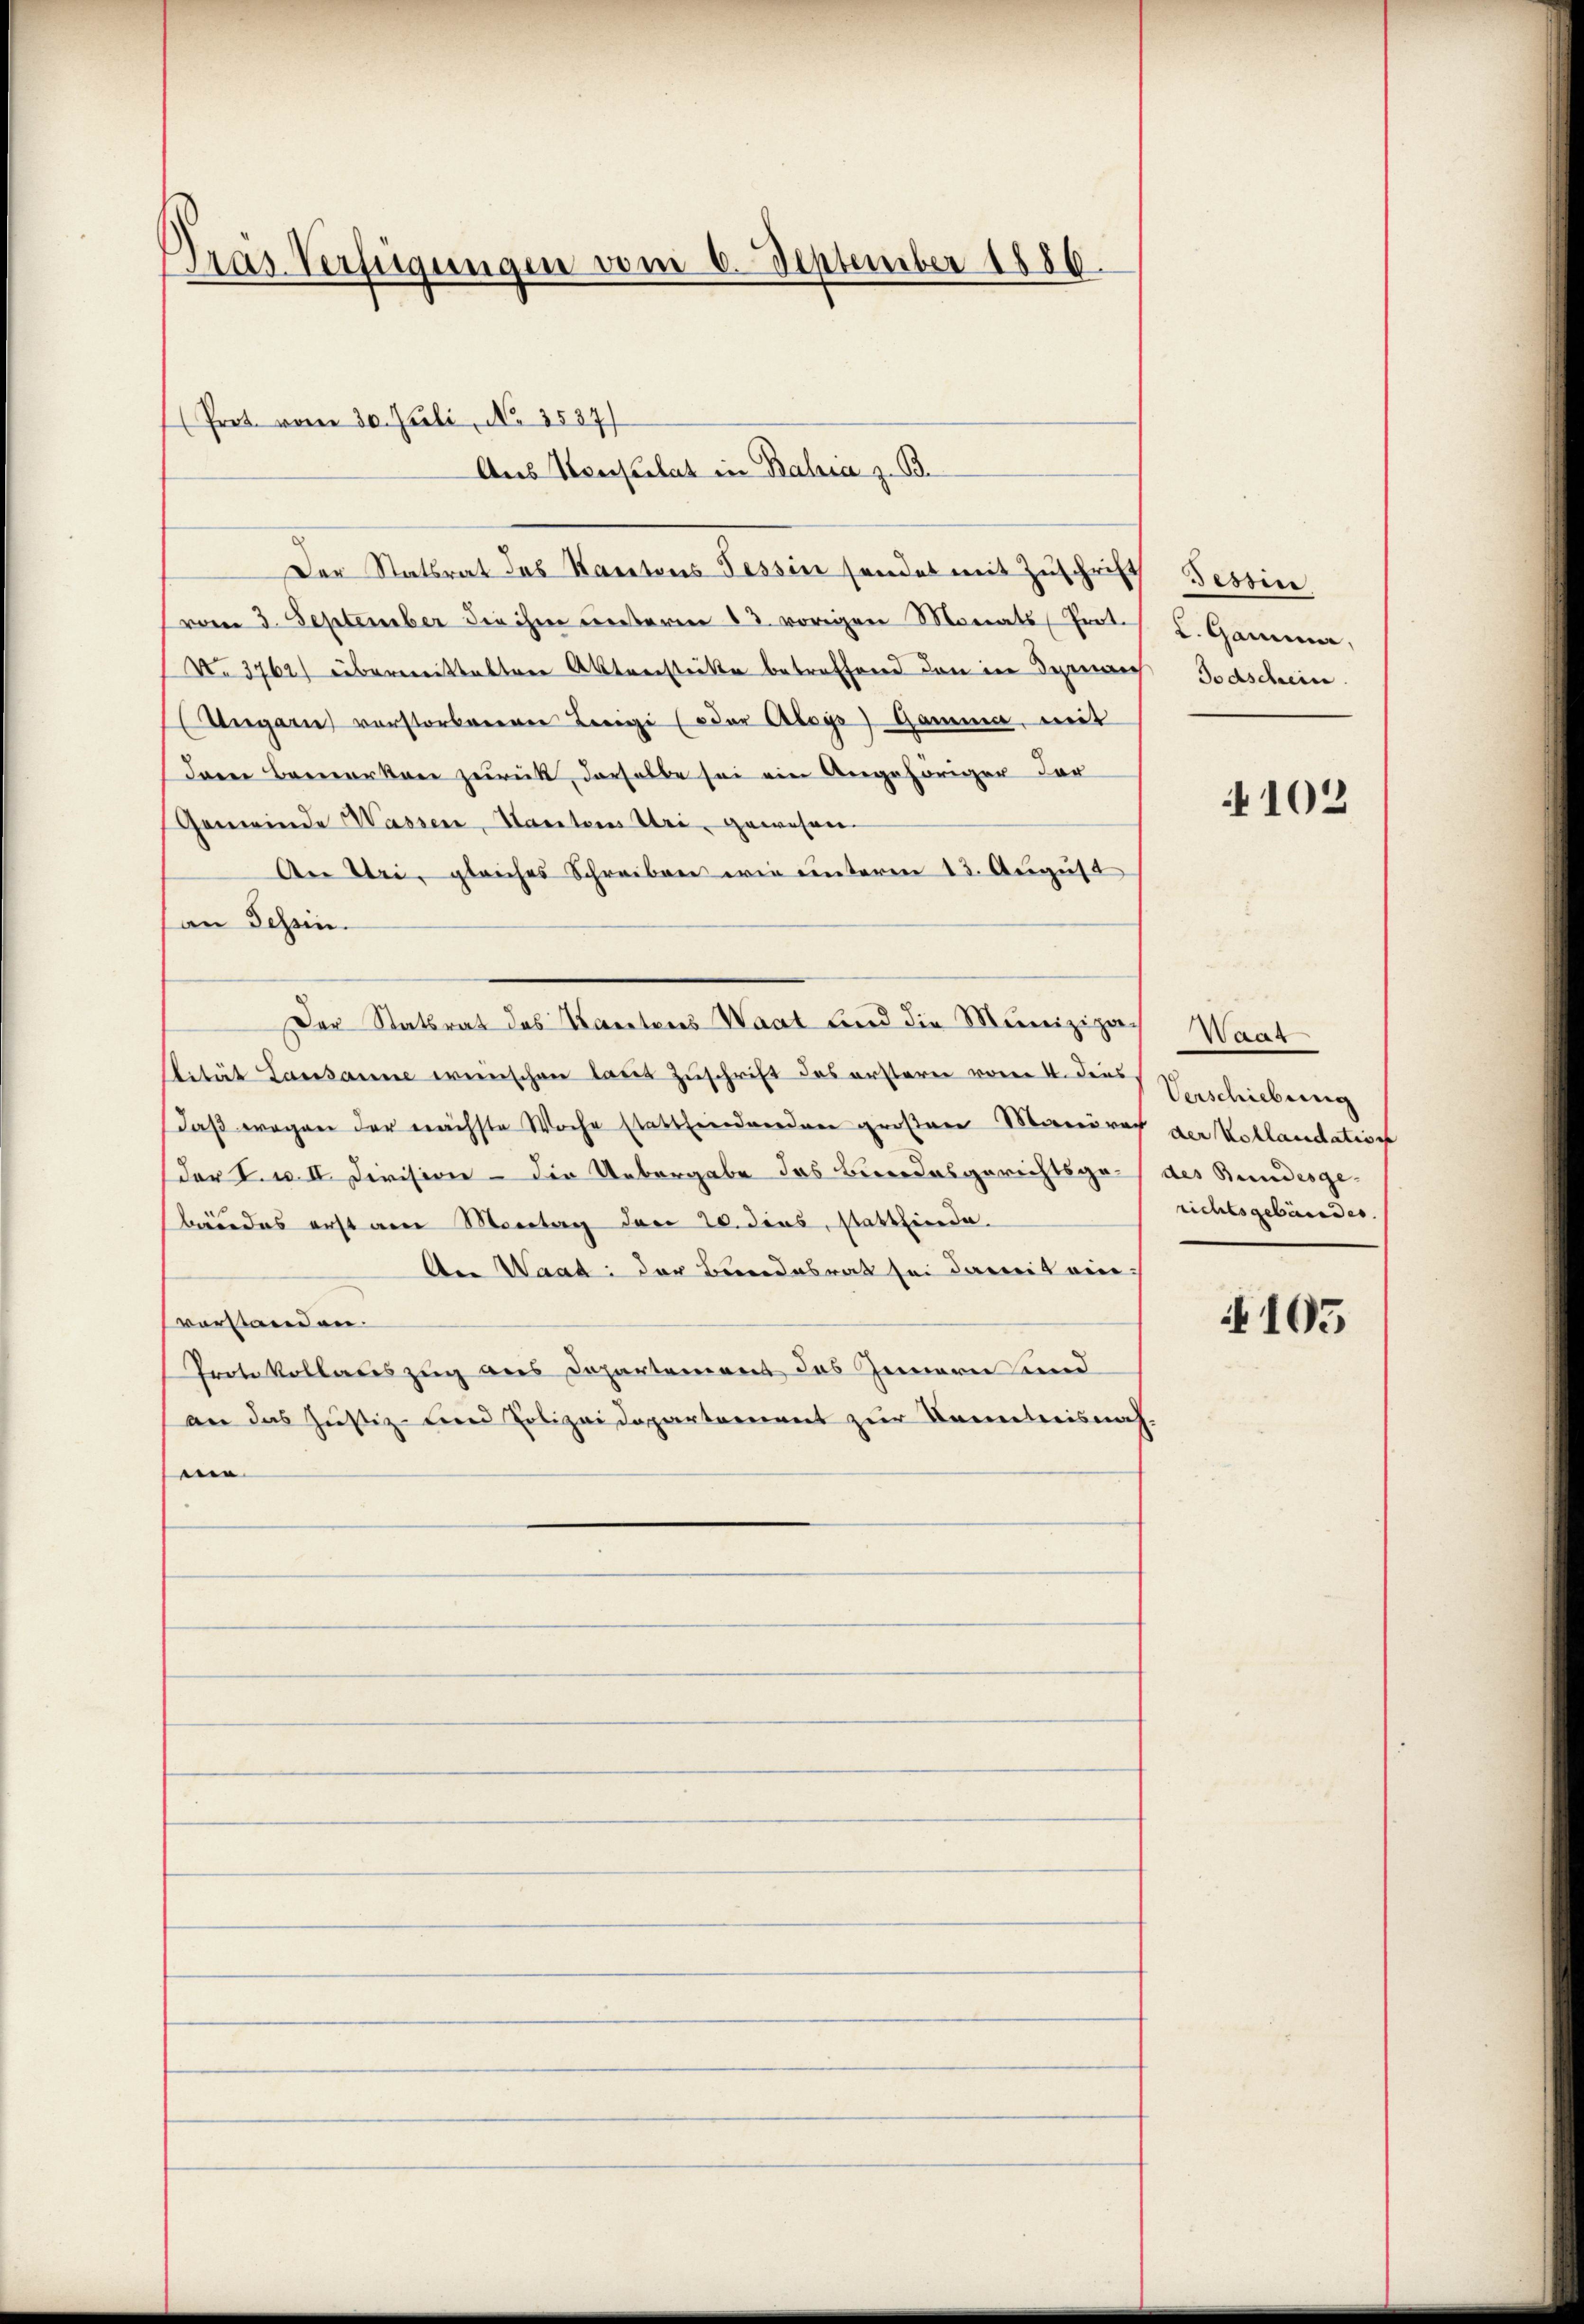
Tras Verfügungen vom 6. September 1886.

Prot. vom 30. Juli, No. 3587)

Der Statsrat des Kantons Tessin sendet mit Zŭschrift Tessin
vom 3. September die ihm unterm 13. vorigen Monats Prot.
No. 3762) übermittaltere Aktverstecke betreffend den in demnach Todschein
Ungarn verstorbenenen Leigi (der Aloys) Gamma, mit
Dann bemerken zurück, derselbe sei ein Angehöriger dar
Gemeinde Wassen, Kantons Uri, gewesen.
An Uri, gleiches Schreiben wie unteren 13. August
an Schein.
lität Lausanne wünschen laut Zuschrift des ersterer vom 4. Der Verschiebung
Daß wegen der nächste Woche stattfindernden großen Mariere der Kollaudation
(der I. u. II. Division - die Uebergabe das Bundesgerichtsgebäudes erst am Montag der 20. dies, stattfinde.
An Waat: der Bundesrat sei damit einvorstanden.
Protokollauszug aus Departement das Innern und
an das Justiz- und Polizeidepartement zur Kenntnisnah
e

Aus Konsulat in Bahia z. B.

Der Statsrat des Kantons Waat sind die Munizipach Waat

L. Gamina,

4102

des Bundesge-
richtsgebäudes.

4105